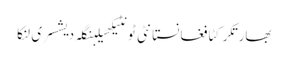
بھارتکرکٹافغانستانٹی ٹونٹیکھیلبنگلہ دیشسری لنکا